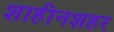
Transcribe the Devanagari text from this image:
शाहीनशहर